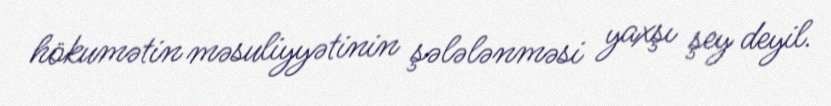
hökumətin məsuliyyətinin şələlənməsi yaxşı şey deyil.